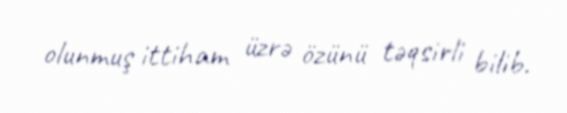
olunmuş ittiham üzrə özünü təqsirli bilib.